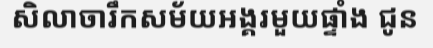
សិលាចារឹកសម័យអង្គរមួយផ្ទាំង ជូន